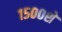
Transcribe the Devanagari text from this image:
१५००शे